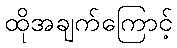
ထိုအချက်ကြောင့်